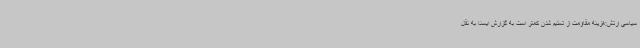
سیاسی ارتش:هزینه مقاومت از تسلیم شدن کمتر است به گزارش ایسنا به نقل